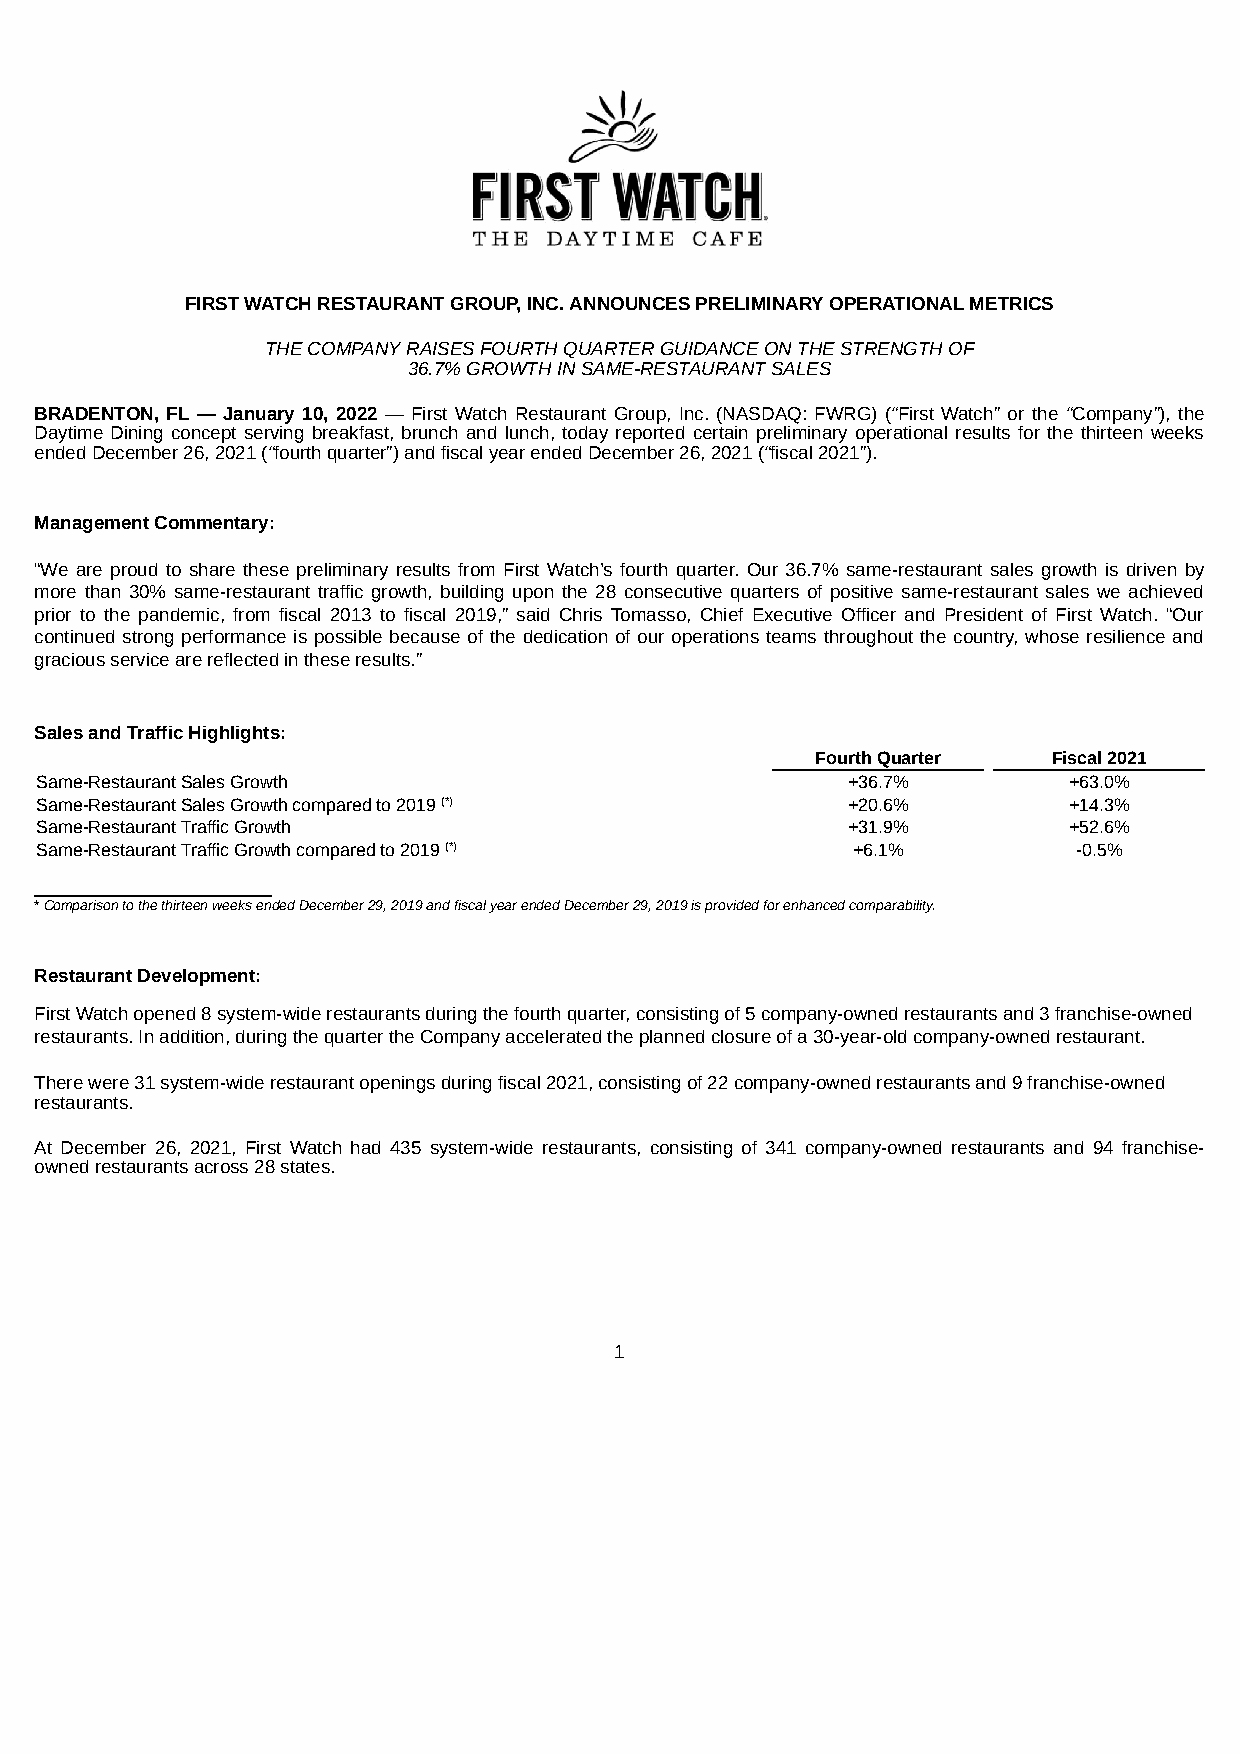
FIRST WATCH RESTAURANT GROUP, INC. ANNOUNCES PRELIMINARY OPERATIONAL METRICS
 THE COMPANY RAISES FOURTH QUARTER GUIDANCE ON THE STRENGTH OF
 36.7% GROWTH IN SAME-RESTAURANT SALES
 BRADENTON, FL — January 10, 2022 — First Watch Restaurant Group, Inc. (NASDAQ: FWRG) (“First Watch” or the “Company”), the
 Daytime Dining concept serving breakfast, brunch and lunch, today reported certain preliminary operational results for the thirteen weeks
 ended December 26, 2021 (“fourth quarter”) and fiscal year ended December 26, 2021 (“fiscal 2021”).
 Management Commentary:
 “We are proud to share these preliminary results from First Watch’s fourth quarter. Our 36.7% same-restaurant sales growth is driven by
 more than 30% same-restaurant traffic growth, building upon the 28 consecutive quarters of positive same-restaurant sales we achieved
 prior to the pandemic, from fiscal 2013 to fiscal 2019,” said Chris Tomasso, Chief Executive Officer and President of First Watch. “Our
 continued strong performance is possible because of the dedication of our operations teams throughout the country, whose resilience and
 gracious service are reflected in these results.”
 Sales and Traffic Highlights:
 Fourth Quarter  Fiscal 2021
 Same-Restaurant Sales Growth                          +36.7%         +63.0%
 Same-Restaurant Sales Growth compared to 2019 (*)     +20.6%         +14.3%
 Same-Restaurant Traffic Growth                        +31.9%         +52.6%
 Same-Restaurant Traffic Growth compared to 2019 (*)   +6.1%          -0.5%
 ___________________
 * Comparison to the thirteen weeks ended December 29, 2019 and fiscal year ended December 29, 2019 is provided for enhanced comparability.
 Restaurant Development:
 First Watch opened 8 system-wide restaurants during the fourth quarter, consisting of 5 company-owned restaurants and 3 franchise-owned
 restaurants. In addition, during the quarter the Company accelerated the planned closure of a 30-year-old company-owned restaurant.
 There were 31 system-wide restaurant openings during fiscal 2021, consisting of 22 company-owned restaurants and 9 franchise-owned
 restaurants.
 At December 26, 2021, First Watch had 435 system-wide restaurants, consisting of 341 company-owned restaurants and 94 franchise-
 owned restaurants across 28 states.
 1